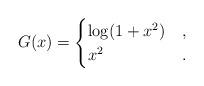
LaTeX: \begin{align*}G(x)=\begin{cases}\log(1+x^2)&,\\x^2&.\end{cases}\end{align*}